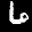
Label: 6